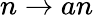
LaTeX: n\rightarrow an